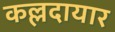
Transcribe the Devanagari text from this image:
कल्लदायार